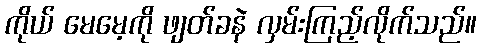
ကိုယ် မေမေ့ကို ဖျတ်ခနဲ လှမ်းကြည့်လိုက်သည်။